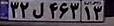
۳۲ل۴۶۳۱۳